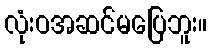
လုံးဝအဆင်မပြေဘူး။